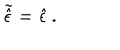
\tilde { \hat { \epsilon } } = \hat { \epsilon } \, .